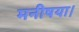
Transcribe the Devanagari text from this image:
मनीषया।